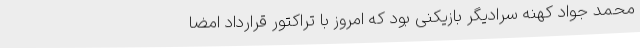
محمد جواد کهنه سرادیگر بازیکنی بود که امروز با تراکتور قرارداد امضا